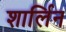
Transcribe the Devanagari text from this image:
शार्लिन